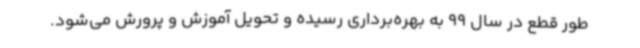
طور قطع در سال 99 به بهره‌برداری رسیده و تحویل آموزش و پرورش می‌شود.